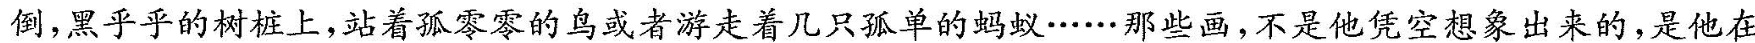
倒黑乎乎的树桩上站着孤零零的鸟或者游走着几只孤单的蚂蚁······那些画，不是他凭空想象出来的，是他在